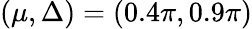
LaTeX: (\mu,\Delta)=(0.4\pi,0.9\pi)